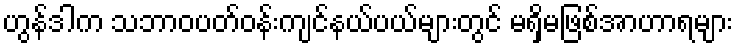
ဟွန်ဒါက သဘာဝပတ်ဝန်းကျင်နယ်ပယ်များတွင် မရှိမဖြစ်အာဟာရများ